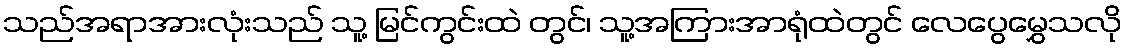
သည်အရာအားလုံးသည် သူ့ မြင်ကွင်းထဲ တွင်၊ သူ့အကြားအာရုံထဲတွင် လေပွေမွှေသလို